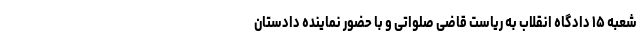
شعبه ۱۵ دادگاه انقلاب به ریاست قاضی صلواتی و با حضور نماینده دادستان